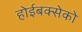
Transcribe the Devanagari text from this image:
होईबक्सेको